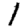
Digit: 1